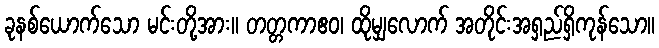
ခုနစ်ယောက်သော မင်းတို့အား။ တတ္တကာဧဝ၊ ထိုမျှလောက် အတိုင်းအရှည်ရှိကုန်သော။